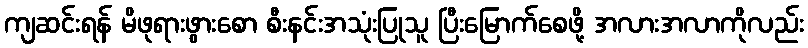
ကျဆင်းရန် မိဖုရားဖွားစော စီးနင်းအသုံးပြုသူ ပြီးမြောက်စေဖို့ အလားအလာကိုလည်း